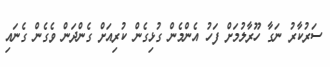
ސަރުކާރު ނަގާ ހޫރާލުމަށް ފަހު އެންމެން ގުޅިގެން ކުރިއަށް ގެންދަން ވެގެން ގެނައި